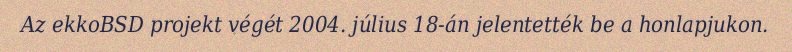
Az ekkoBSD projekt végét 2004. július 18-án jelentették be a honlapjukon.